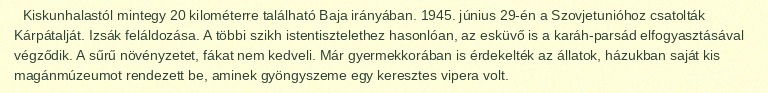
Kiskunhalastól mintegy 20 kilométerre található Baja irányában. 1945. június 29-én a Szovjetunióhoz csatolták Kárpátalját. Izsák feláldozása. A többi szikh istentisztelethez hasonlóan, az esküvő is a karáh-parsád elfogyasztásával végződik. A sűrű növényzetet, fákat nem kedveli. Már gyermekkorában is érdekelték az állatok, házukban saját kis magánmúzeumot rendezett be, aminek gyöngyszeme egy keresztes vipera volt.